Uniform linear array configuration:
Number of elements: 24
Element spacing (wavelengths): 0.25
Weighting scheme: exponential
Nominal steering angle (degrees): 60
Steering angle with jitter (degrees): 61.832
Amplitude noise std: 0.05
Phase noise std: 0.05

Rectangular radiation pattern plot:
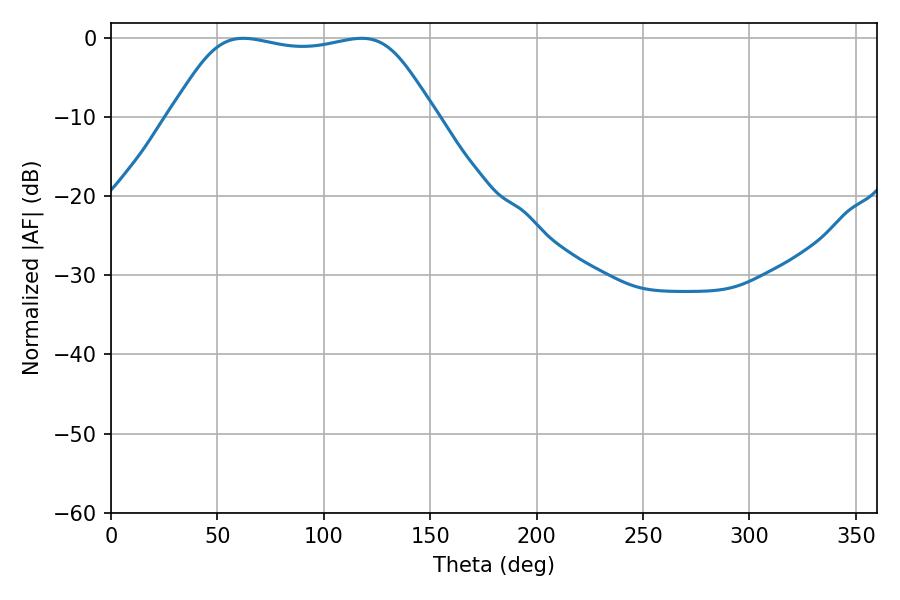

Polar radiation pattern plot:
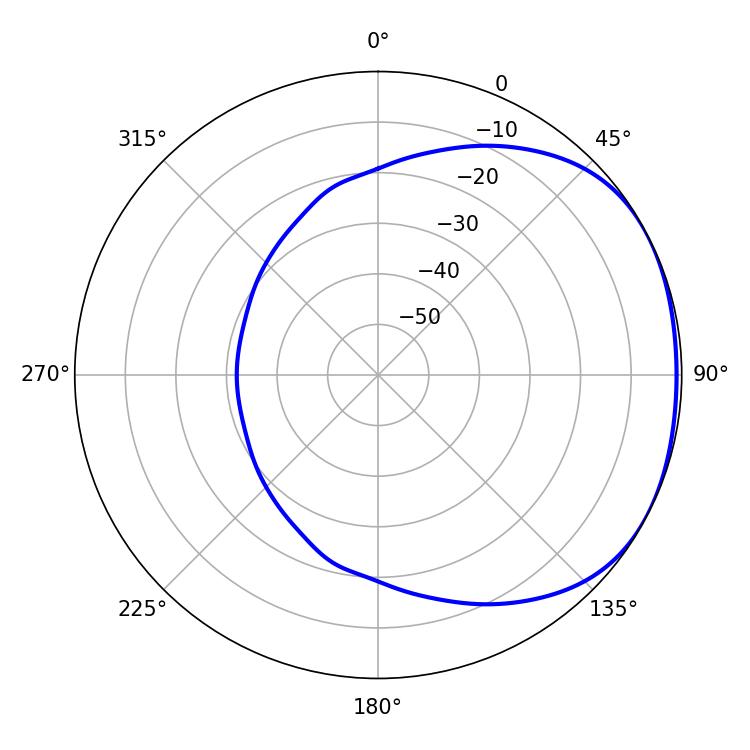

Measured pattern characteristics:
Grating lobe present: FALSE
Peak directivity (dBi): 1.651
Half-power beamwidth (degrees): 94.32
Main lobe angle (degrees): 62.28